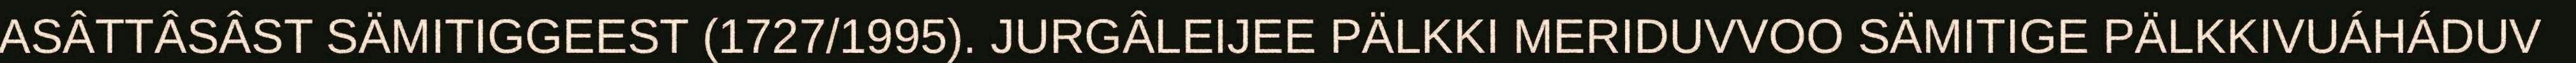
ASÂTTÂSÂST SÄMITIGGEEST (1727/1995). JURGÂLEIJEE PÄLKKI MERIDUVVOO SÄMITIGE PÄLKKIVUÁHÁDUV